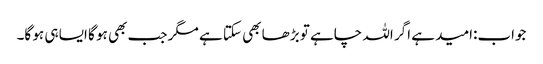
جواب:امید ہے اگر اللہ چاہے تو بڑھا بھی سکتا ہے مگر جب بھی ہو گا ایسا ہی ہو گا۔